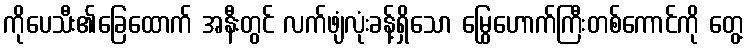
ကိုပေသီး၏ခြေထောက် အနီးတွင် လက်ဖျံလုံးခန့်ရှိသော မြွေဟောက်ကြီးတစ်ကောင်ကို တွေ့